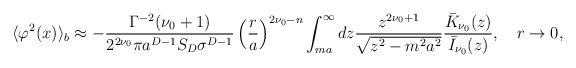
\begin{align*}\langle \varphi ^{2}(x)\rangle _{b}\approx -\frac{\Gamma ^{-2}(\nu_0+1)}{2^{2\nu _0}\pi a ^{D-1}S_D\sigma ^{D-1}}\left(\frac{r}{a}\right) ^{2\nu _0-n}\int _{ma}^{\infty }dz\frac{z^{2\nu _0+1}}{\sqrt{z^2-m^2a^2}}\frac{\bar K_{\nu_0}(z)}{\bar I_{\nu _0}(z)},\quad r\to 0,\end{align*}